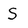
Character: S